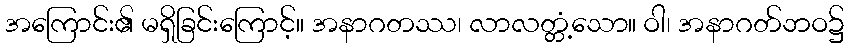
အကြောင်း၏ မရှိခြင်းကြောင့်။ အနာဂတဿ၊ လာလတ္တံ့သော။ ဝါ၊ အနာဂတ်ဘဝ၌